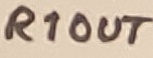
Text: R1OUT